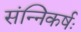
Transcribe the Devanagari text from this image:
संन्निकर्षः